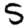
Digit: 5